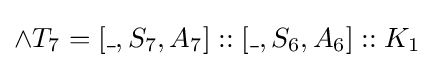
\land T_{7}=[\_,S_{7},A_{7}]::[\_,S_{6},A_{6}]::K_{1}